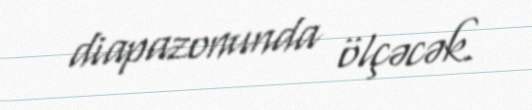
diapazonunda ölçəcək.